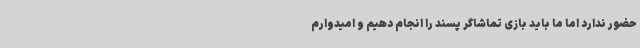
حضور ندارد اما ما باید بازی تماشاگر پسند را انجام دهیم و امیدوارم